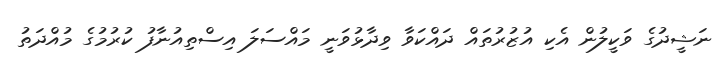
ނަޝީދުގެ ވަކީލުން އެކި އުޒުރުތައް ދައްކަވާ ވިދާޅުވަނީ މައްސަލަ އިސްތިއުނާފު ކުރުުމުގެ މުއްދަތު